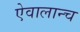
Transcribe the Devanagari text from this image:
ऐवालान्च